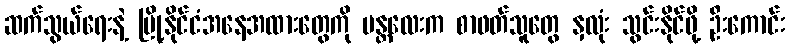
ဆက်သွယ်ရေးနဲ့ မြို့နိုင်ငံအနေအထားတွေကို မန္တလေးက စာဖတ်သူတွေ နှလုံး သွင်းနိုင်ဖို့ ဦးကောင်း